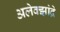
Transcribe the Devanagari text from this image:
अलेक्झांद्रे